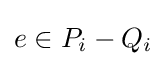
e\in P_{i}-Q_{i}